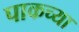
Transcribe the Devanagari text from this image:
पाकच्या